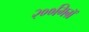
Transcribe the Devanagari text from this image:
२००मिग्रॅ